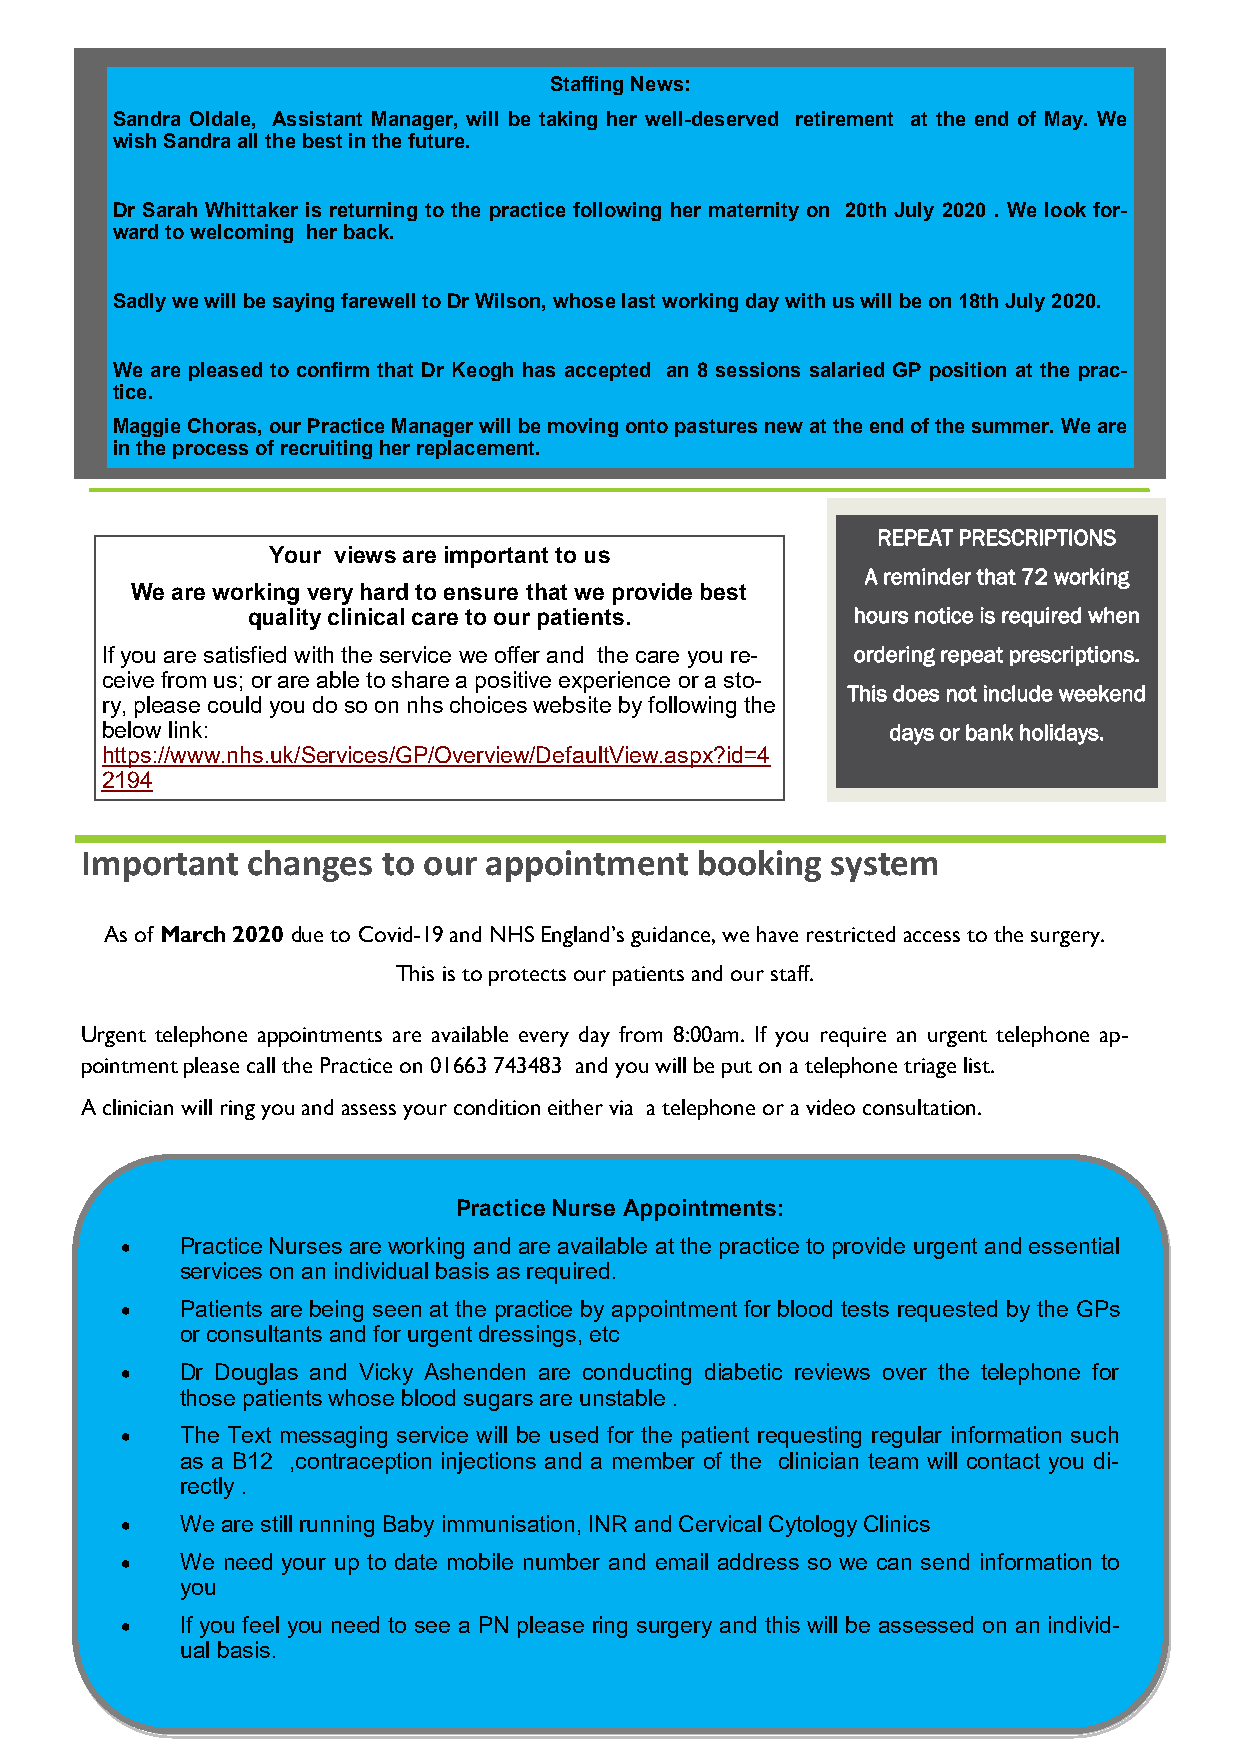
Staffing News:
 Sandra Oldale, Assistant Manager, will be taking her well-deserved retirement at the end of May. We
 wish Sandra all the best in the future.
 Dr Sarah Whittaker is returning to the practice following her maternity on 20th July 2020 . We look for-
 ward to welcoming her back.
 Sadly we will be saying farewell to Dr Wilson, whose last working day with us will be on 18th July 2020.
 We are pleased to confirm that Dr Keogh has accepted an 8 sessions salaried GP position at the prac-
 tice.
 Maggie Choras, our Practice Manager will be moving onto pastures new at the end of the summer. We are
 in the process of recruiting her replacement.
 REPEAT PRESCRIPTIONS
 Your views are important to us
 A reminder that 72 working
 We are working very hard to ensure that we provide best
 quality clinical care to our patients.  hours notice is required when
 If you are satisfied with the service we offer and the care you re- ordering repeat prescriptions.
 ceive from us; or are able to share a positive experience or a sto-
 This does not include weekend
 ry, please could you do so on nhs choices website by following the
 below link:                                         days or bank holidays.
 https://www.nhs.uk/Services/GP/Overview/DefaultView.aspx?id=4
 2194
 Important  changes  to our appointment   booking  system
 As of March 2020 due to Covid-19 and NHS England’s guidance, we have restricted access to the surgery.
 This is to protects our patients and our staff.
 Urgent telephone appointments are available every day from 8:00am. If you require an urgent telephone ap-
 pointment please call the Practice on 01663 743483 and you will be put on a telephone triage list.
 A clinician will ring you and assess your condition either via a telephone or a video consultation.
 Practice Nurse Appointments:
    Practice Nurses are working and are available at the practice to provide urgent and essential
 services on an individual basis as required.
    Patients are being seen at the practice by appointment for blood tests requested by the GPs
 or consultants and for urgent dressings, etc
    Dr Douglas and Vicky Ashenden are conducting diabetic reviews over the telephone for
 those patients whose blood sugars are unstable .
    The Text messaging service will be used for the patient requesting regular information such
 as a B12 ,contraception injections and a member of the clinician team will contact you di-
 rectly .
    We are still running Baby immunisation, INR and Cervical Cytology Clinics
    We need your up to date mobile number and email address so we can send information to
 you
    If you feel you need to see a PN please ring surgery and this will be assessed on an individ-
 ual basis.
 Page 2                                 SETT VALLEY MEDICAL CENTRE PATIENT NEWSLETTER